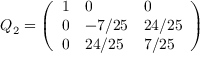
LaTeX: Q _ { 2 } = { \left( \begin{array} { l l l } { 1 } & { 0 } & { 0 } \\ { 0 } & { - 7 / 2 5 } & { 2 4 / 2 5 } \\ { 0 } & { 2 4 / 2 5 } & { 7 / 2 5 } \end{array} \right) }